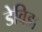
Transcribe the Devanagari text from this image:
डेविडा